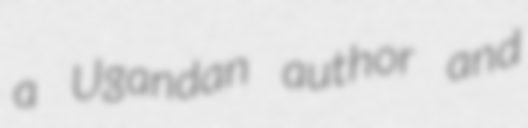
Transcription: a Ugandan author and